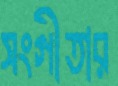
সংগীতার